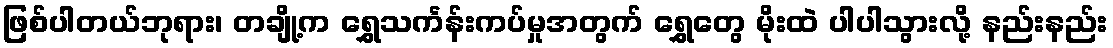
ဖြစ်ပါတယ်ဘုရား၊ တချို့က ရွှေသင်္ကန်းကပ်မှုအတွက် ရွှေတွေ မိုးထဲ ပါပါသွားလို့ နည်းနည်း